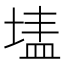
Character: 𭎷